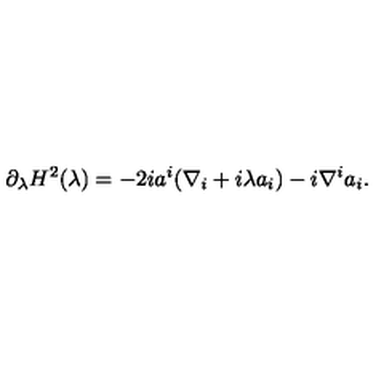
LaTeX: \partial _ { \lambda } H ^ { 2 } ( \lambda ) = - 2 i a ^ { i } ( \nabla _ { i } + i \lambda a _ { i } ) - i \nabla ^ { i } a _ { i } .